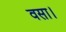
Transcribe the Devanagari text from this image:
वसा।